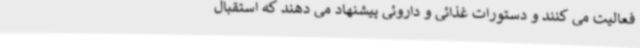
فعالیت می کنند و دستورات غذائی و داروئی پیشنهاد می دهند که استقبال